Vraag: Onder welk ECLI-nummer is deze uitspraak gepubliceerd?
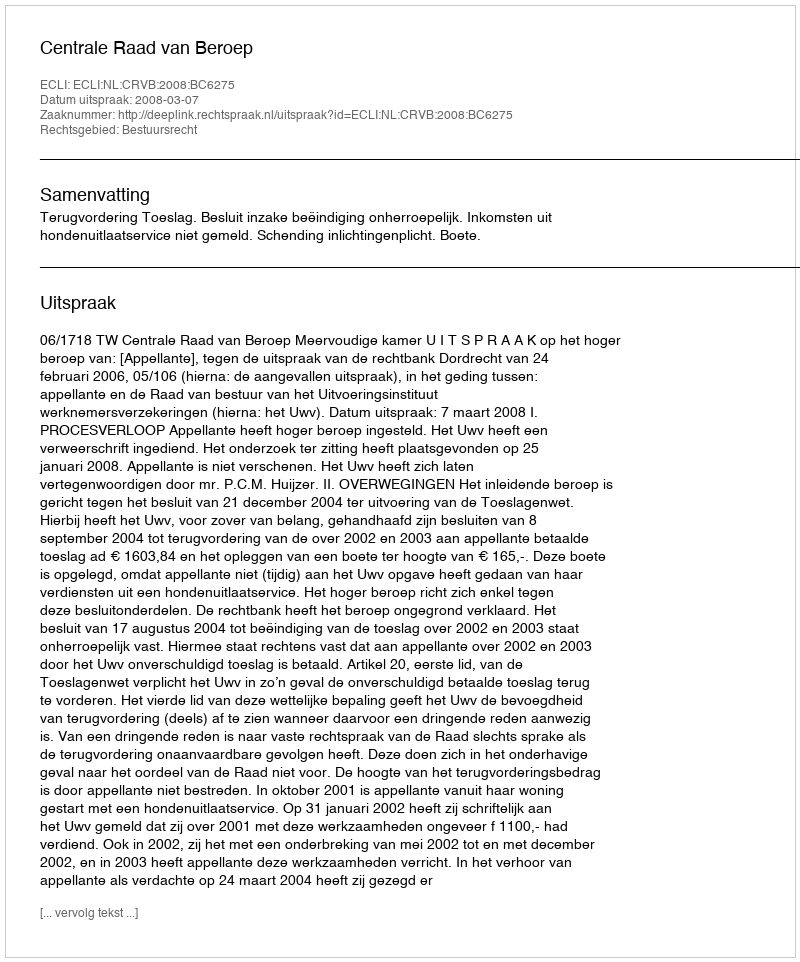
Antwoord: ECLI:NL:CRVB:2008:BC6275